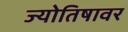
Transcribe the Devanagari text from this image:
ज्योतिषावर